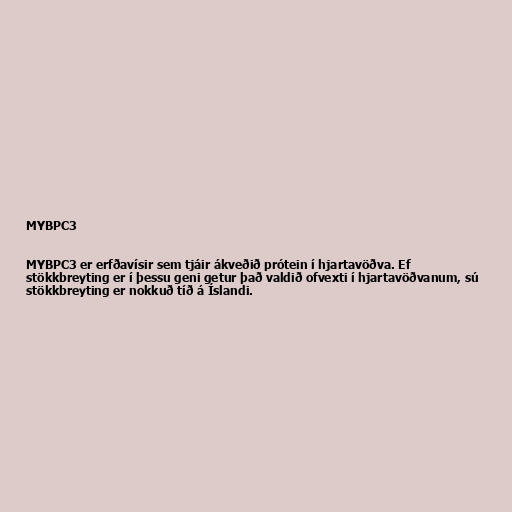
MYBPC3

MYBPC3 er erfðavísir sem tjáir ákveðið prótein í hjartavöðva. Ef
stökkbreyting er í þessu geni getur það valdið ofvexti í hjartavöðvanum, sú
stökkbreyting er nokkuð tíð á Íslandi.